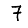
Digit: 7